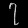
Digit: ၇